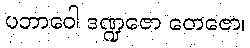
ပဘာဝေါ ဒဏ္ဍဇော တေဇော၊